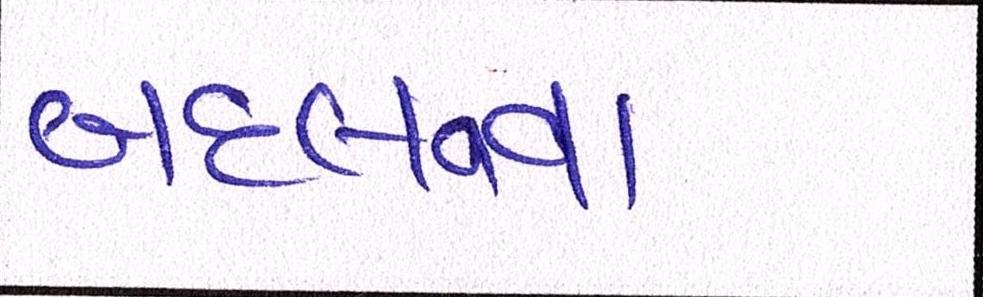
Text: બદલવવા